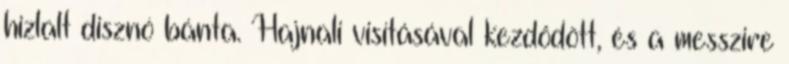
hizlalt disznó bánta. Hajnali visításával kezdôdött, és a messzire